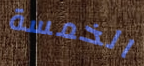
الخمسة